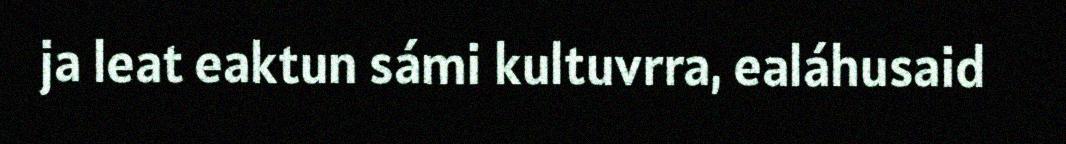
ja leat eaktun sámi kultuvrra, ealáhusaid